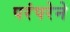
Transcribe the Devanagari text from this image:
परंंपरेने